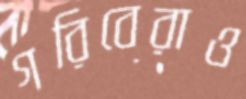
গরিবেরাও